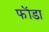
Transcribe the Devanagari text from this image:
फॊंडा